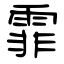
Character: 霏